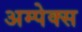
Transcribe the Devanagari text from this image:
अम्पेक्स